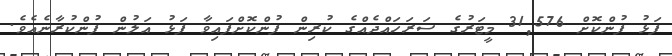
ފަޅު ފުންކޮށް 31